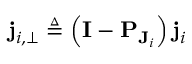
\mathbf { j } _ { i , \perp } \triangleq \left( \mathbf { I } - \mathbf { P } _ { \mathbf { J } _ { i } } \right) \mathbf { j } _ { i }